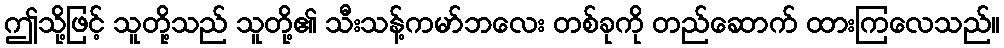
ဤသို့ဖြင့် သူတို့သည် သူတို့၏ သီးသန့်ကမာ်ဘလေး တစ်ခုကို တည်ဆောက် ထားကြလေသည်။